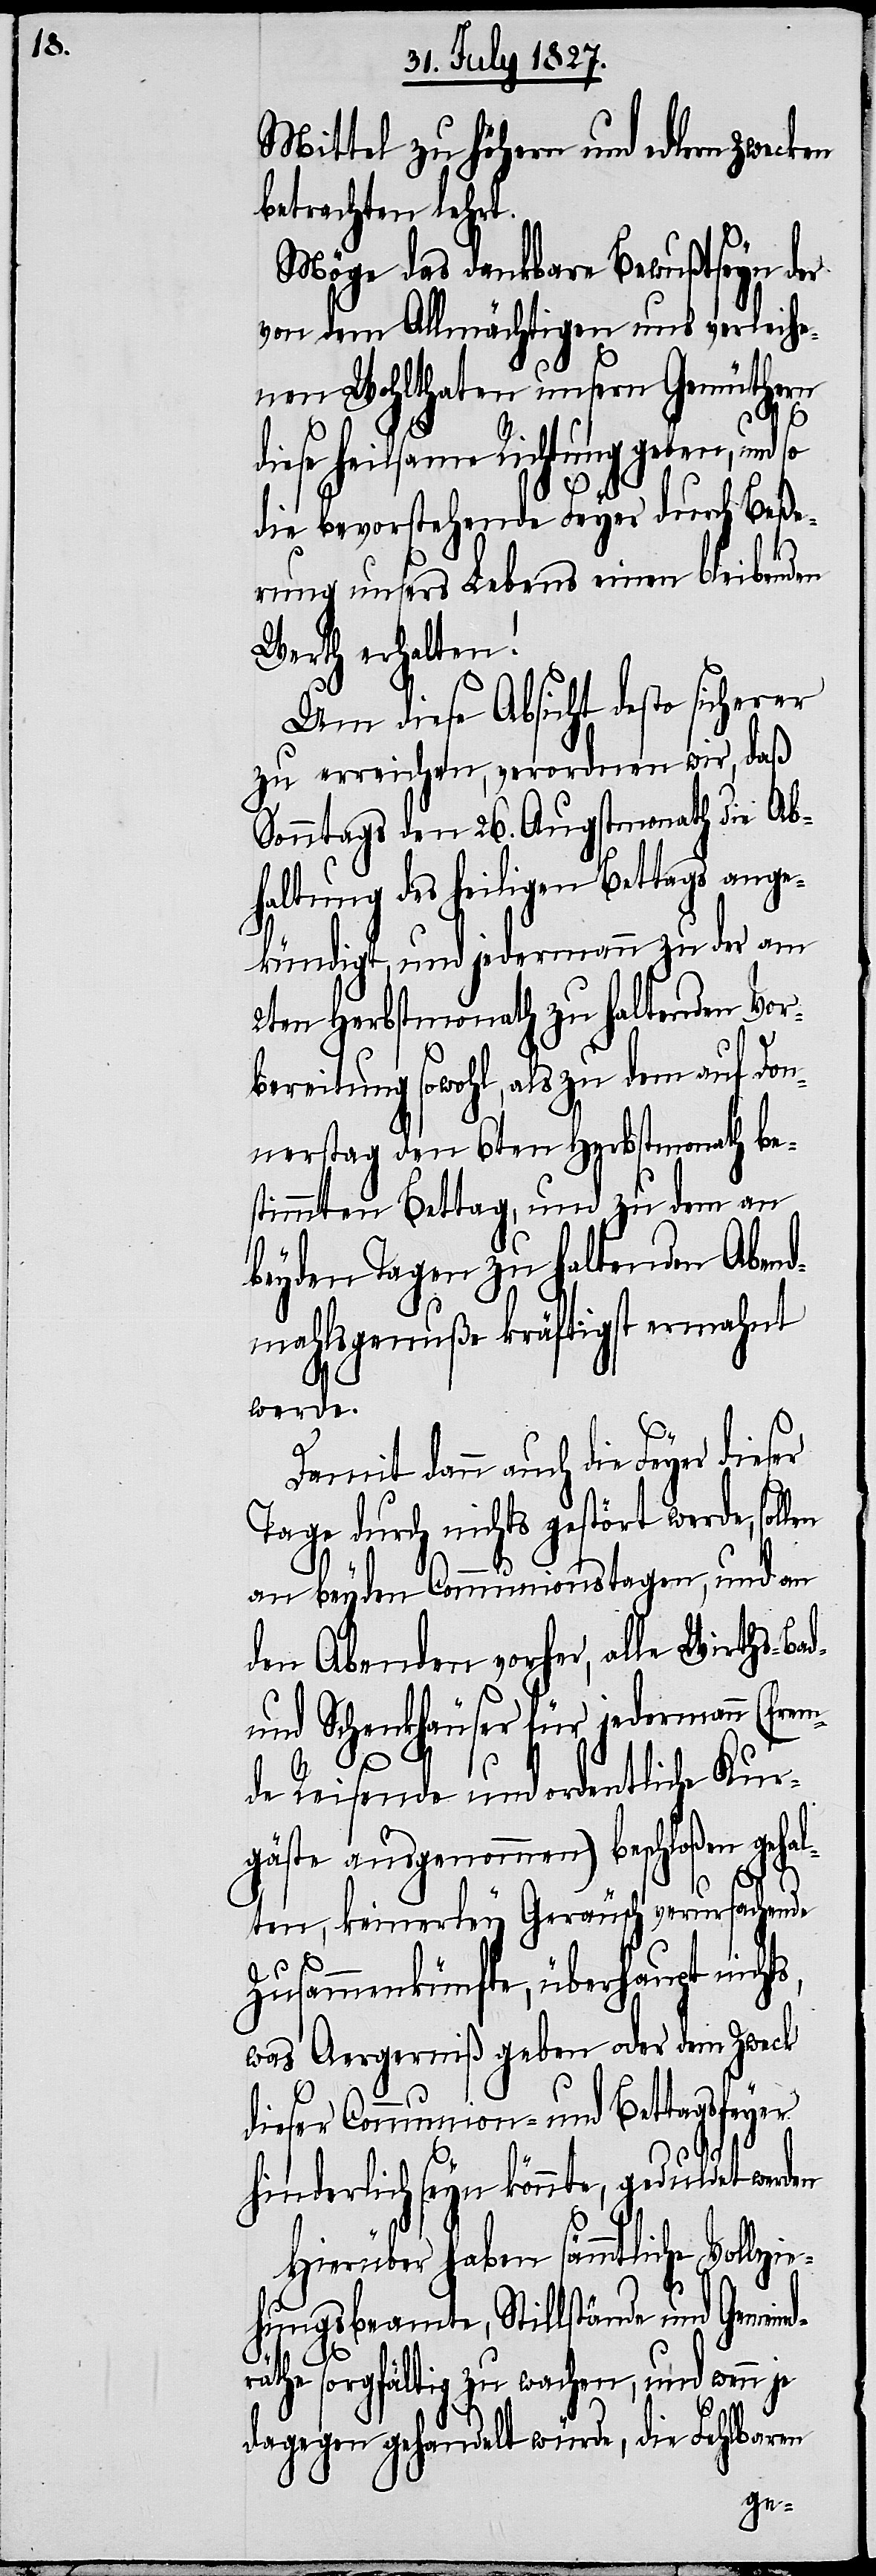
Mittel zu höhern und edlern Zwecken
betrachten lehrt.
Möge das dankbare Bewußtseyn der
von dem Allmächtigen uns verleihe¬
nen Wohlthaten unsern Gemüthern
s,
diese heilsame Richtung geben, und so
die bevorstehende Feyer durch Beße¬
rung unsers Lebens einen bleibenden
Werth erhalten!
Um diese Absicht desto sicherer
zu erreichen, verordnen wir, daß
Sonntags den 26. Augustmonath die Ab¬
haltung des heiligen Bettags ange¬
kündigt, und jedermann zu der am
2ten Herbstmonath zu haltenden Vor¬
bereitung sowohl, als zu dem auf Don¬
nerstag den 6ten Herbstmonath be¬
stimmten Bettag, und zu dem an
beyden Tagen zu haltenden Abend¬
mahlsgenuße kräftigst ermahnt
werde.
Damit dann auch die Feyer dieser
Tage durch nichts gestört werde,
an beyden Communionstagen, und an
den Abenden vorher, alle Wirths-
und Schenkhäuser für jedermann (frem¬
de Reisende und ordentliche Kur¬
gäste ausgenommen) beschloßen gehal¬
r¬
ten, keinerley Geräusch verursachende
Zusammenkünfte, überhaupt nicht¬
was Aergerniß geben oder dem Zweck
dieser Communion- und Bettagsfeyer
hinderlich seyn könnte, geduldet werden
Hierüber haben sämmtliche Vollzie¬
hungsbeamte, Stillstände und Gemeind¬
äthe sorgfältig zu wachen, und wenn
dagegen gehandelt würde, die Fehlbaren